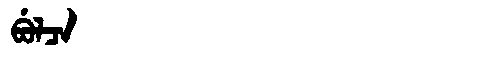
Manchu: ᠪᡠᠯᠴᠠ
Romanization: BULCA